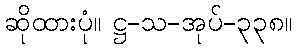
ဆိုထားပုံ။ ဋ္ဌ-သ-အုပ်-၃၃၈။